Report of the Indian Hemp Drugs Commission, 1894-1895 - Volume VI
Year: 1894
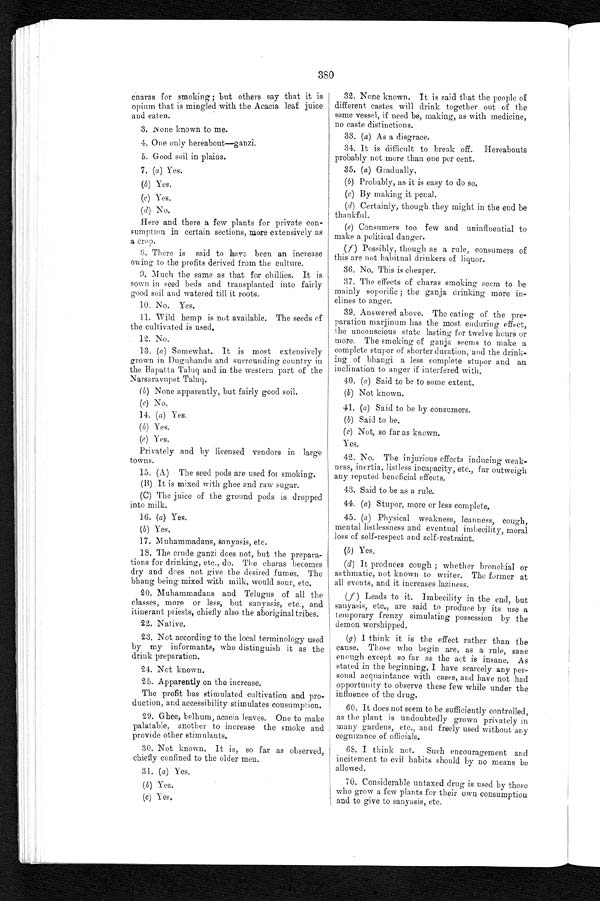
380
charas for smoking ; but others say that it is
opium that is mingled with the Acacia leaf juice
and eaten.
3. None known to me.
4. One only hereabout—ganzi.
5. Good soil in plains.
7. (a) Yes.
(b) Yes.
(c) Yes.
(d) No.
Here and there a few plants for private con-
sumption in certain sections, more extensively as
a crop.
8. There is said to have been an increase
owing to the profits derived from the culture.
9. Much the same as that for chillies. It is
sown in seed beds and transplanted into fairly
good soil and watered till it roots.
10. No. Yes.
11. Wild hemp is nut available. The seeds of
the cultivated is used.
12. No.
13. (a) Somewhat. It is most extensively
grown in Dugubandu and surrounding country in
the Bapatta Taluq and in the western part of the
Narsaravupet Taluq.
(b) None apparently, but fairly good soil.
(c) No.
14. ( a) Yes.
(b) Yes.
(c) Yes.
Privately and by licensed vendors in large
towns.
32. None known. It is said that the people of
different castes will drink together out of the
same vessel, if need be, making, as with medicine,
no caste distinctions.
33. (a) As a disgrace.
34. It is difficult to break off. Hereabouts
probably not more than one per cent.
35. (a) Gradually.
(b) Probably, as it is easy to do so.
(c) By making it penal.
(d) Certainly, though they might in the end be
thankful.
(e) Consumers too few and uninfluential to
make a political danger.
(f
) Possibly, though as a rule, consumers of
this are not habitual drinkers of liquor.
36. No. This is cheaper.
37. The effects of charas smoking seem to be
mainly soporific ; the ganja drinking more in-
clines to anger.
39. Answered above. The eating of the pre-
paration marjinum has the most enduring effect,
the unconscious state lasting for twelve hours or
more. The smoking of ganja seems to make a
complete stupor of shorter duration, and the drink-
ing of bhangi a less complete stupor and an
inclination to anger if interfered with.
40. (a) Said to be to some extent.
(b) Not known.
41. (a) Said to be by consumers.
(b) Said to be.
(c) Not, so far as known.
Yes.
42. No. The injurious effects inducing weak-
ness, inertia, listless incapacity, etc., far outweigh
any reputed beneficial effects.
43. Said to be as a rule.
44. (a) Stupor, more or less complete.
45. (a) Physical weakness, leanness, cough,
mental listlessness and eventual imbecility, moral
loss of self-respect and self-restraint.
(b) Yes.
(d) It produces cough ; whether bronchial or
asthmatic, not known to writer. The former at
all events, and it increases laziness.
(f) Leads to it. Imbecility in the end, but
sanyasis, etc., are said to produce by its use a
temporary frenzy simulating possession by the
demon worshipped.
(g) I think it is the effect rather than the
cause. Those who begin are, as a rule, sane
enough except so far as the act is insane. As
stated in the beginning, I have scarcely any per-
sonal acquaintance with cases, and have not had
opportunity to observe these few while under the
influence of the drug.
60. It does not seem to be sufficiently controlled,
as the plant is undoubtedly grown privately in
many gardens, etc., and freely used without any
cognizance of officials.
68. I think not. Such encouragement and
incitement to evil habits should by no means be
allowed.
70. Considerable untaxed drug is used by those
who grow a few plants for their own consumption
and to give to sanyasis, etc.
15. (A) The seed pods are used for smoking.
(B) It is mixed with ghee and raw sugar.
(C) The juice of the ground pods is dropped
into milk.
16. (a) Yes.
(b) Yes.
17. Muhammadans, sanyasis, etc.
18. The crude ganzi does not, but the prepara-
tions for drinking, etc., do. The charas becomes
dry and does not give the desired fumes. The
bhang being mixed with milk, would sour, etc.
20. Muhammadans and Telugus of all the
classes, more or less, but sanyasis, etc., and
itinerant priests, chiefly also the aboriginal tribes.
22. Native.
23. Not according to the local terminology used
by my informants, who distinguish it as the
drink preparation.
24. Not known.
25. Apparently on the increase.
The profit has stimulated cultivation and pro-
duction, and accessibility stimulates cousumption.
29. Ghee, belhum, acacia leaves. One to make
palatable, another to increase the smoke and
provide other stimulants.
30. Not known. It is, so far as observed,
chiefly confined to the older men.
31. (a) Yes.
(b) Yes.
(c) Yes.